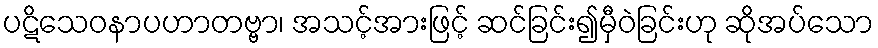
ပဋိသေဝနာပဟာတဗ္ဗာ၊ အသင့်အားဖြင့် ဆင်ခြင်း၍မှီဝဲခြင်းဟု ဆိုအပ်သော